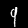
Label: 9